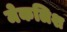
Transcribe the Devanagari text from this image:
मेकलिश